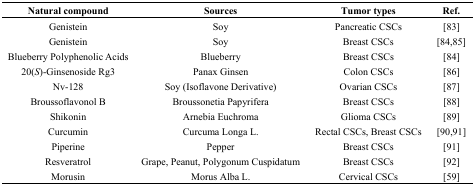
| Natural compound | Sources | Tumor types | Ref. |
 | --- | --- | --- | --- |
 | Genistein | Soy | Pancreatic CSCs | [83] |
 | Genistein | Soy | Breast CSCs | [84,85] |
 | Blueberry Polyphenolic Acids | Blueberry | Breast CSCs | [84] |
 | 20(S)-Ginsenoside Rg3 | Panax Ginsen | Colon CSCs | [86] |
 | Nv-128 | Soy (Isoflavone Derivative) | Ovarian CSCs | [87] |
 | Broussoflavonol B | Broussonetia Papyrifera | Breast CSCs | [88] |
 | Shikonin | Arnebia Euchroma | Glioma CSCs | [89] |
 | Curcumin | Curcuma Longa L. | Rectal CSCs, Breast CSCs | [90,91] |
 | Piperine | Pepper | Breast CSCs | [91] |
 | Resveratrol | Grape, Peanut, Polygonum Cuspidatum | Breast CSCs | [92] |
 | Morusin | Morus Alba L. | Cervical CSCs | [59] |